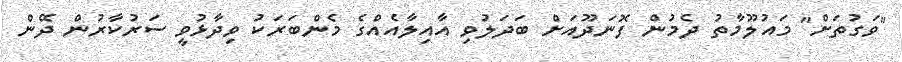
"ވަގުތަށް" މައުލޫމާތު ދެމުން ފޮނަދޫއަށް ބަދަލުވި އާއިލާއެއްގެ މެންބަރަކު ވިދާޅުވީ ސަރުކާރުން ދޭން